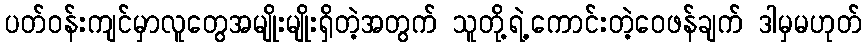
ပတ်ဝန်းကျင်မှာလူတွေအမျိုးမျိုးရှိတဲ့အတွက် သူတို့ရဲ့ကောင်းတဲ့ဝေဖန်ချက် ဒါမှမဟုတ်